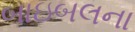
બાઇબલના